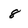
Character: 8